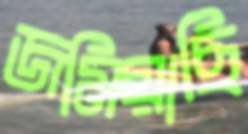
জমিয়াছি